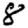
Digit: 8